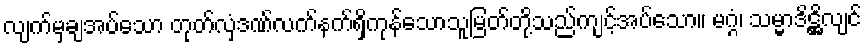
လျက်မှချအပ်သော တုတ်လှံဒဏ်လက်နက်ရှိကုန်သောသူမြတ်တို့သည်ကျင့်အပ်သော။ မဂ္ဂံ၊ သမ္မာဒိဋ္ဌိလျင်